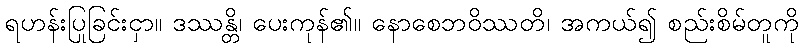
ရဟန်းပြုခြင်းငှာ။ ဒဿန္တိ၊ ပေးကုန်၏။ နောစေဘဝိဿတိ၊ အကယ်၍ စည်းစိမ်တူကို